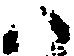
八